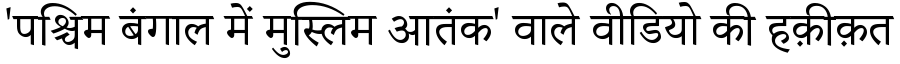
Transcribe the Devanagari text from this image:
'पश्चिम बंगाल में मुस्लिम आतंक' वाले वीडियो की हक़ीक़त